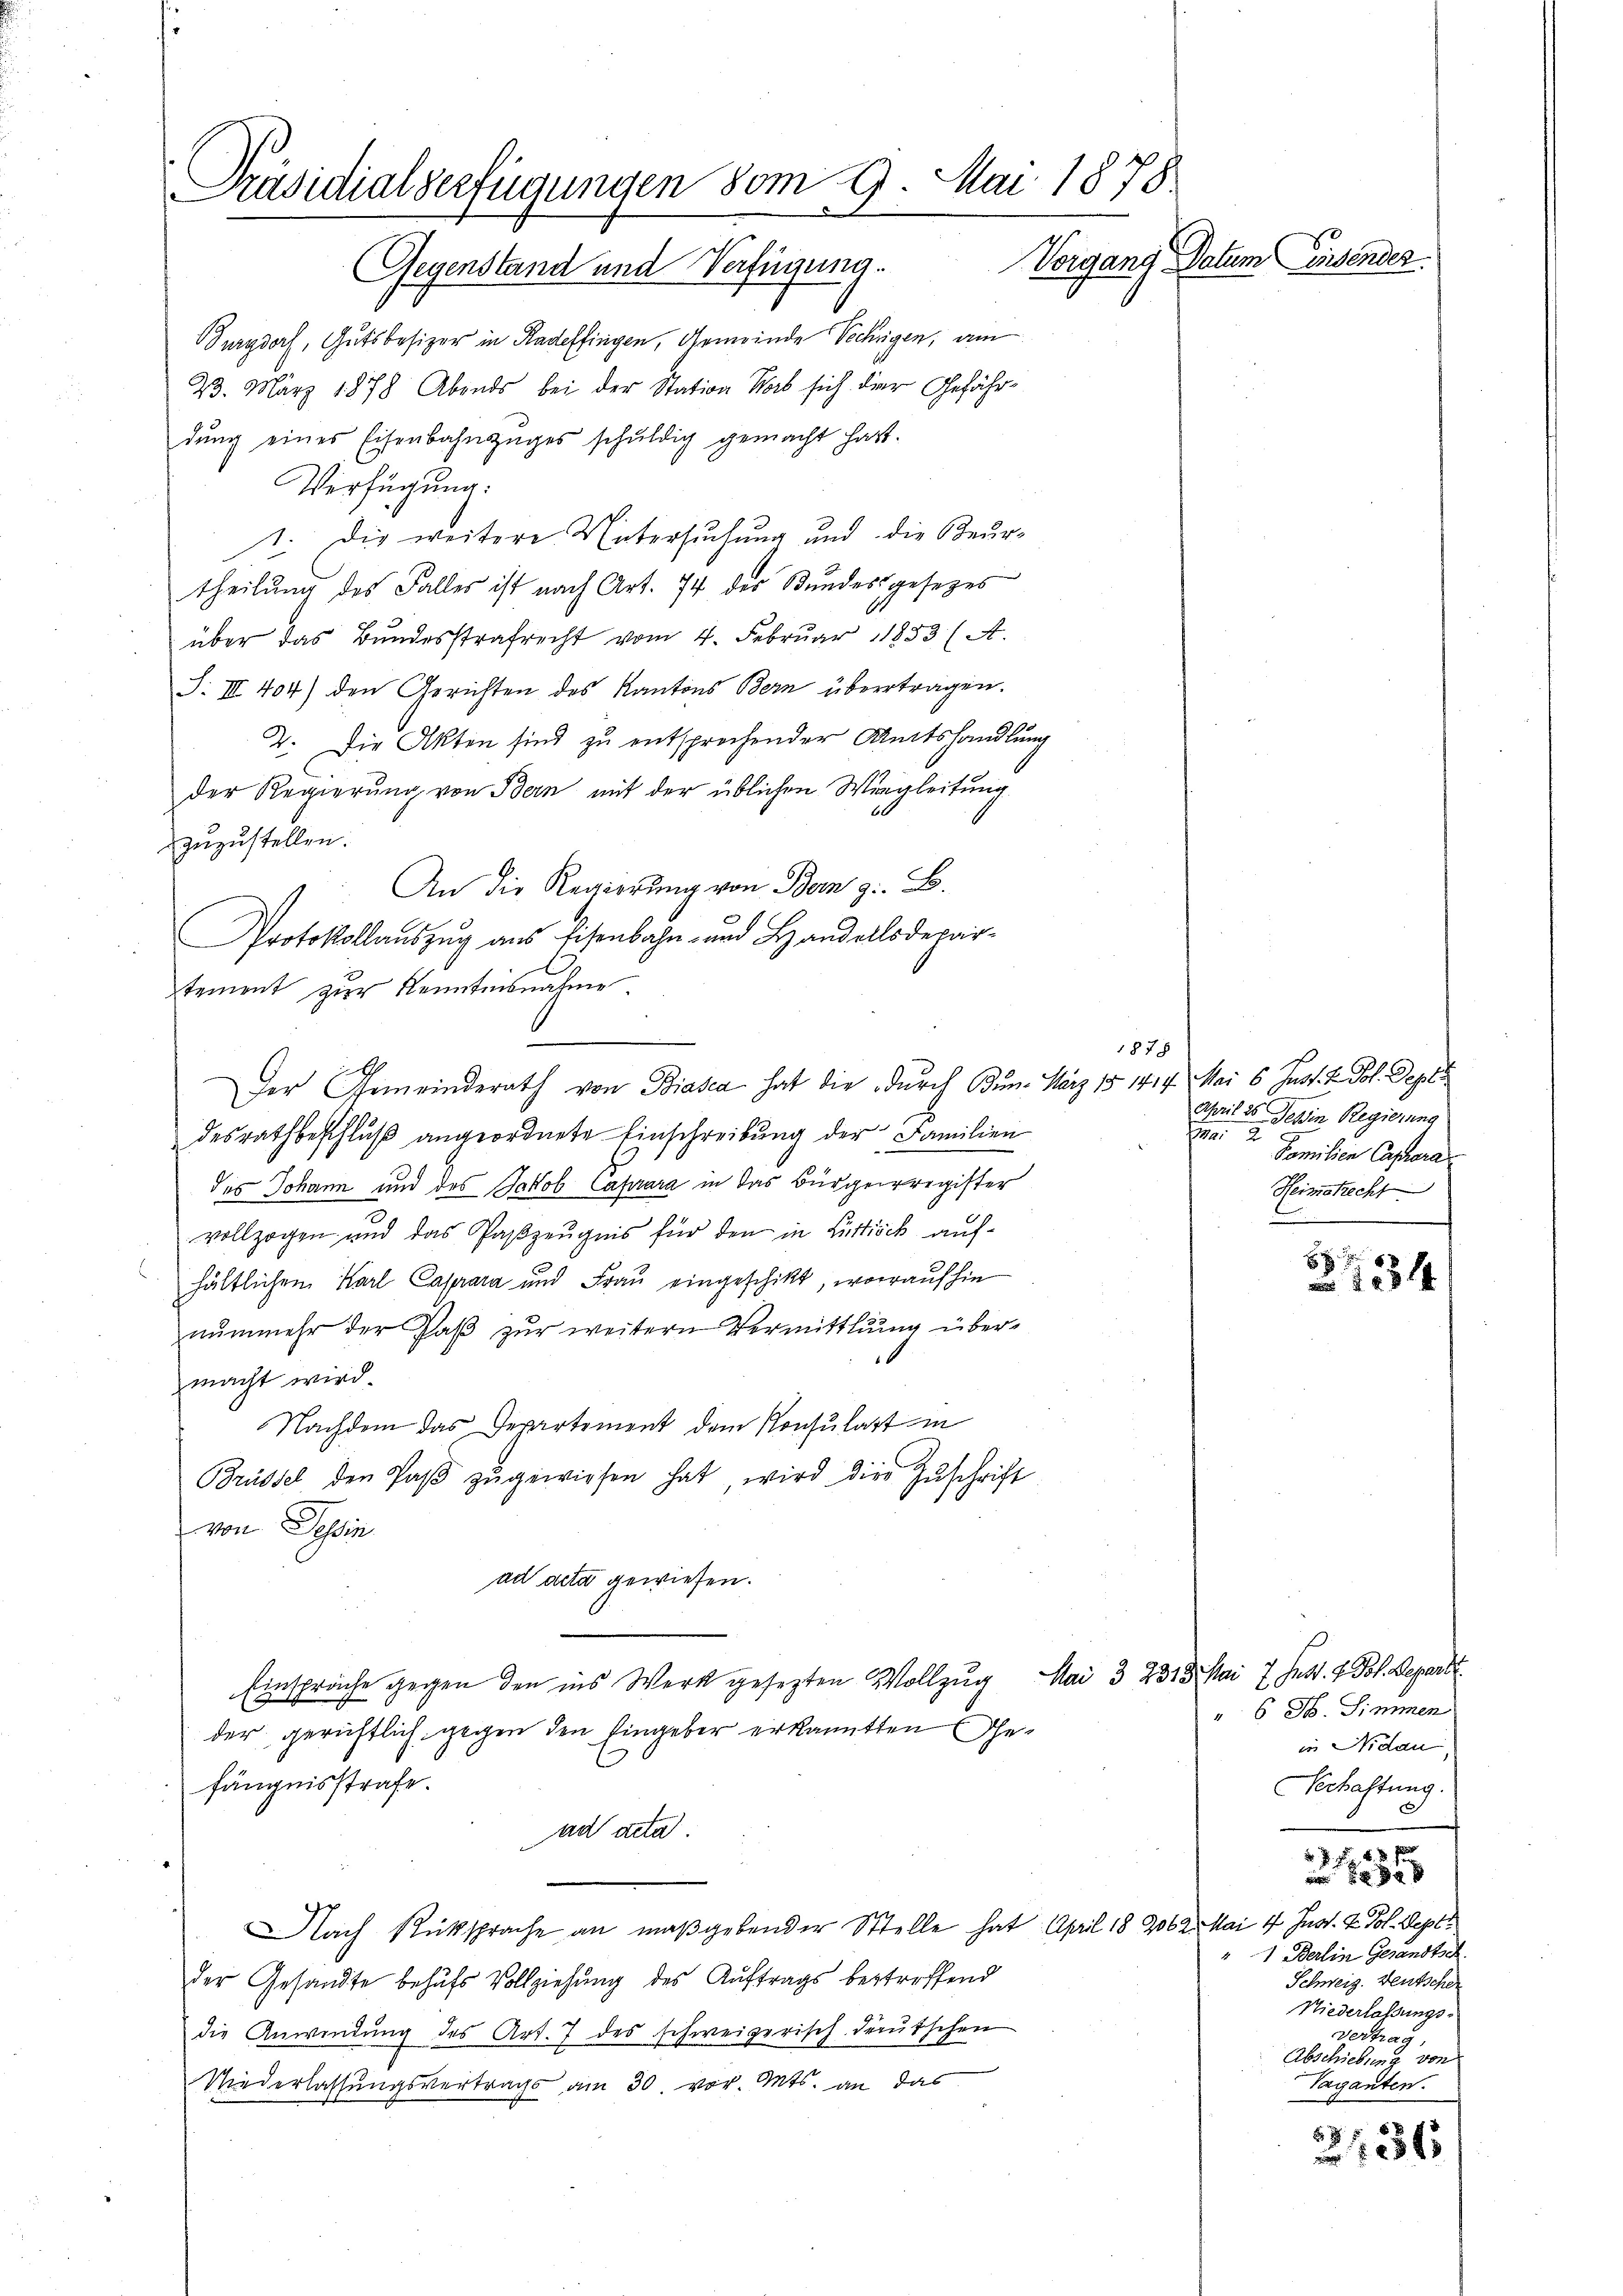
Präsidialverfügungen vom 9. Mai 1878
Vergang Datum Einsender
Gegenstand und Verfügung.

Burgdorf, Gutsbesizer in Radeffingen, Gemeinde Sehrigen, am
23. März 1878 Abends bei der Station Horb sich der Gefährdŭng eines Eisenbahnzuges schŭldig gemacht hatt.
Verfügung:
1. Die weitere Untersuchung und die Beur-
theilung des Falles ist nach Art. 74 der Bundesgesezes
11
über das Bŭndesstrafrecht vom 4. Febrŭar 1853 (A.
S. III 404) den Gerichten des Kantons Bern übertragen.
2. Die Akten sind zu entsprechender Amtshandlung
der Regierung von Bern mit der üblichen Wiegleitung
zuzustellen.
An die Regierŭng von Bern z. B.
Protokollauszug aus Eisenbahn- und Handelsdepartement zur Kenntnisnahme.
Der Gemeinderath von Biasca hat die durch Bun. März 15 1414. Mai 6 Just. V. Joh. Sept
desrathbeschluß angeordnete Einschreibung der Familien
des Johann und des Jakob Caprara in das Bürgerregister
vollzogen und das Paszeugnis für den in Lustick aufhältlichen Karl Caspara und Frau eingeschikt, worauf hin
nŭnmehr der Paβ zŭr weitern Vermittlung über-
16
macht wird.
Nachdem das Departement dem Konsulatt in
Brüssel den Paβ zŭgewiesen hat, wird dies Zŭschrift
von Tessin
ad acta gewiesen.
Einsprache gegen den ins Werk gesezten Vollzug Mai 3 2313. Mai 7. Fest. v. Bol. Depart
der gerichtlich gegen den Eingeber erkannten Gefängnisstrafe.
ad acta.
Nach Rücksprache an maßgebender Stelle hat April 18 2062. Mai 4 Just- & Pol. Sept
der Gesandte behufs Vollziehung des Auftrags betreffend
die Anwendung des Art. 7 des schweizerisch-deutschen
Niederlassungsvertrags am 30. vor. Mts. an das

1878
April 25 Jehin Regierung

Familien Capara
Heinstrecht
E

2134

xx

6 Jb. Simmen
in Nidau
Verhaftung.
e
1 Berlin Gesandtsch
Schweiz. Deutscher
Niederlassungs-
Vertrag,
Abschiebung von
Vaganten.

736